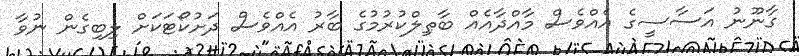
ގާނޫނު އަސާސީގެ އެއްވެސް މާއްދާއެއް ބާޠިލްކުރުމުގެ ބާރު އެއްވެސް ދަށުކޯޓަކަށް ލިބިގެން ނުވާ